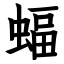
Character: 蝠